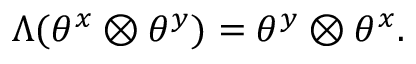
\Lambda ( \theta ^ { x } \otimes \theta ^ { y } ) = \theta ^ { y } \otimes \theta ^ { x } .